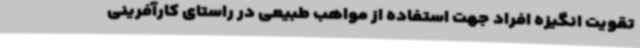
تقویت انگیزه افراد جهت استفاده از مواهب طبیعی در راستای کارآفرینی